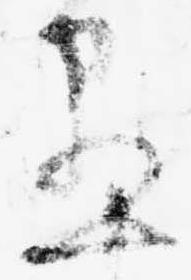
尽